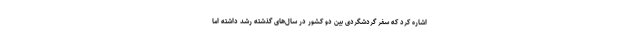
اشاره کرد که سفر گردشگردی بین دو کشور در سال‌های گذشته رشد داشته اما